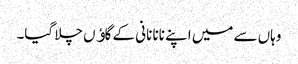
وہاں سے میں اپنے نانا نانی کے گاﺅں چلا گیا۔